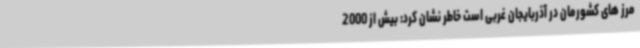
مرز های کشورمان در آذربایجان غربی است خاطر نشان کرد: بیش از 2000